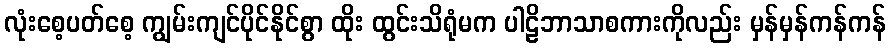
လုံးစေ့ပတ်စေ့ ကျွမ်းကျင်ပိုင်နိုင်စွာ ထိုး ထွင်းသိရုံမက ပါဠိဘာသာစကားကိုလည်း မှန်မှန်ကန်ကန်